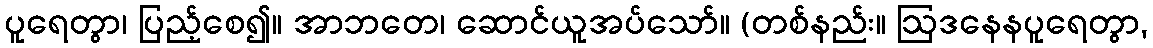
ပူရေတွာ၊ ပြည့်စေ၍။ အာဘတေ၊ ဆောင်ယူအပ်သော်။ (တစ်နည်း။ ဩဒနေနပူရေတွာ,